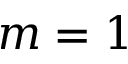
m = 1